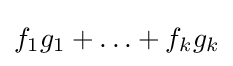
f_{1}g_{1}+\ldots +f_{k}g_{k}